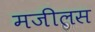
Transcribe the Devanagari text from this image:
मजीलस